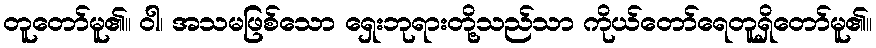
တူတော်မူ၏။ ဝါ၊ အသမဖြစ်သော ရှေးဘုရားတို့သည်သာ ကိုယ်တော်ရေတူရှိတော်မူ၏။